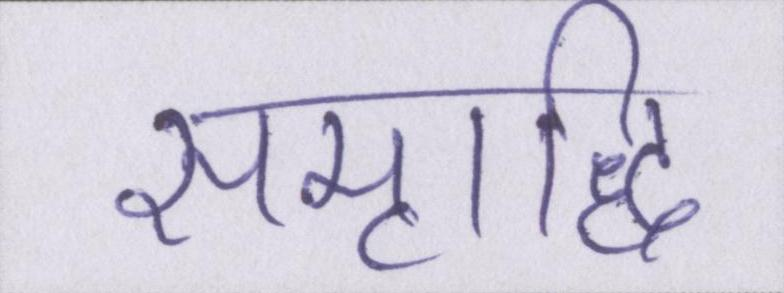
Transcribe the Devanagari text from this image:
समृध्दि